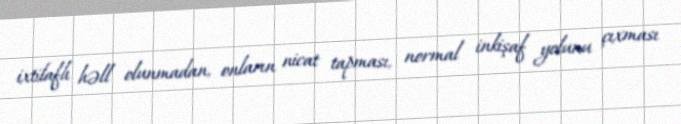
ixtilaflı həll olunmadan, onların nicat tapması, normal inkişaf yolunu çıxması